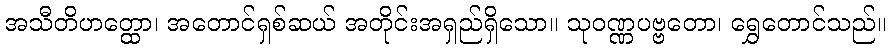
အသီတိဟတ္ထော၊ အတောင်ရှစ်ဆယ် အတိုင်းအရှည်ရှိသော။ သုဝဏ္ဏပဗ္ဗတော၊ ရွှေတောင်သည်။